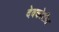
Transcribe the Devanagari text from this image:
देवकोटीत